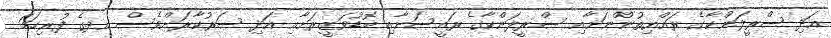
އަދި ސްރީލަންކާގެ ރައްޔިތުންނަށާއި ސްރީލަންކާގެ ރައީސަށާއި ބޮޑުވަޒީރަށާއި އަދި ސަރުކާރަށްވެސް އދގެ ފުރިހަމަ